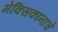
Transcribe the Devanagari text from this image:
मेक्सिकानाचे